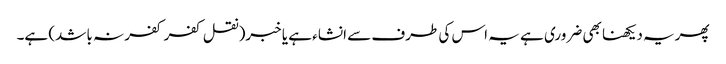
پھریہ دیکھنا بھی ضروری ہے یہ اس کی طرف سے انشاء ہے یا خبر(نقل کفر کفر نہ باشد) ہے۔